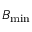
B _ { \mathrm { m i n } }